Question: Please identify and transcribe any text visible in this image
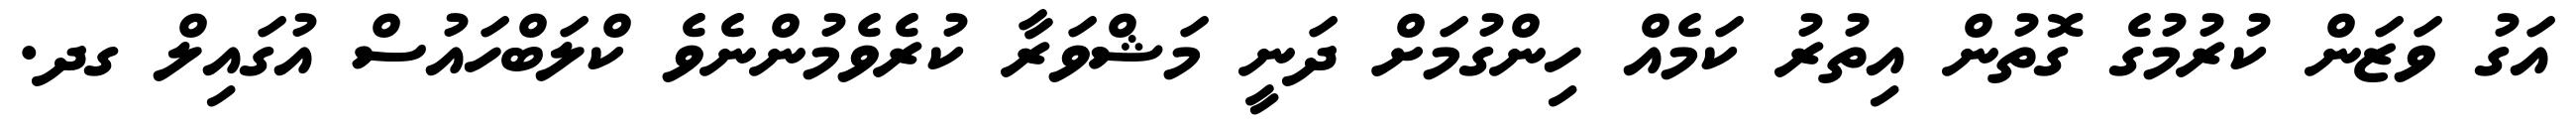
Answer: އަގު ވަޒަން ކުރުމުގެ ގޮތުން އިތުރު ކަމެއް ހިންގުމަށް ދަނީ މަޝްވަރާ ކުރެވެމުންނެވެ ކްލަބްހައުސް އުގައިލް ގދ.